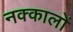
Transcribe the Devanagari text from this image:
नक्कालों